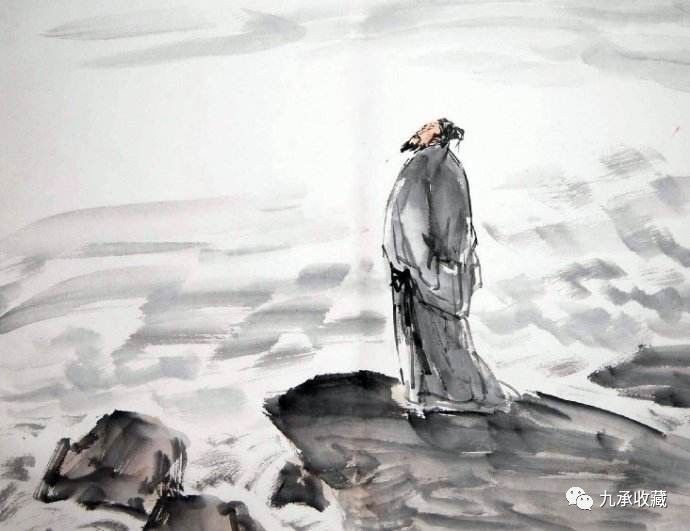
十轮霜影转庭梧，此夕羁人独向隅。